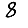
Digit: 8